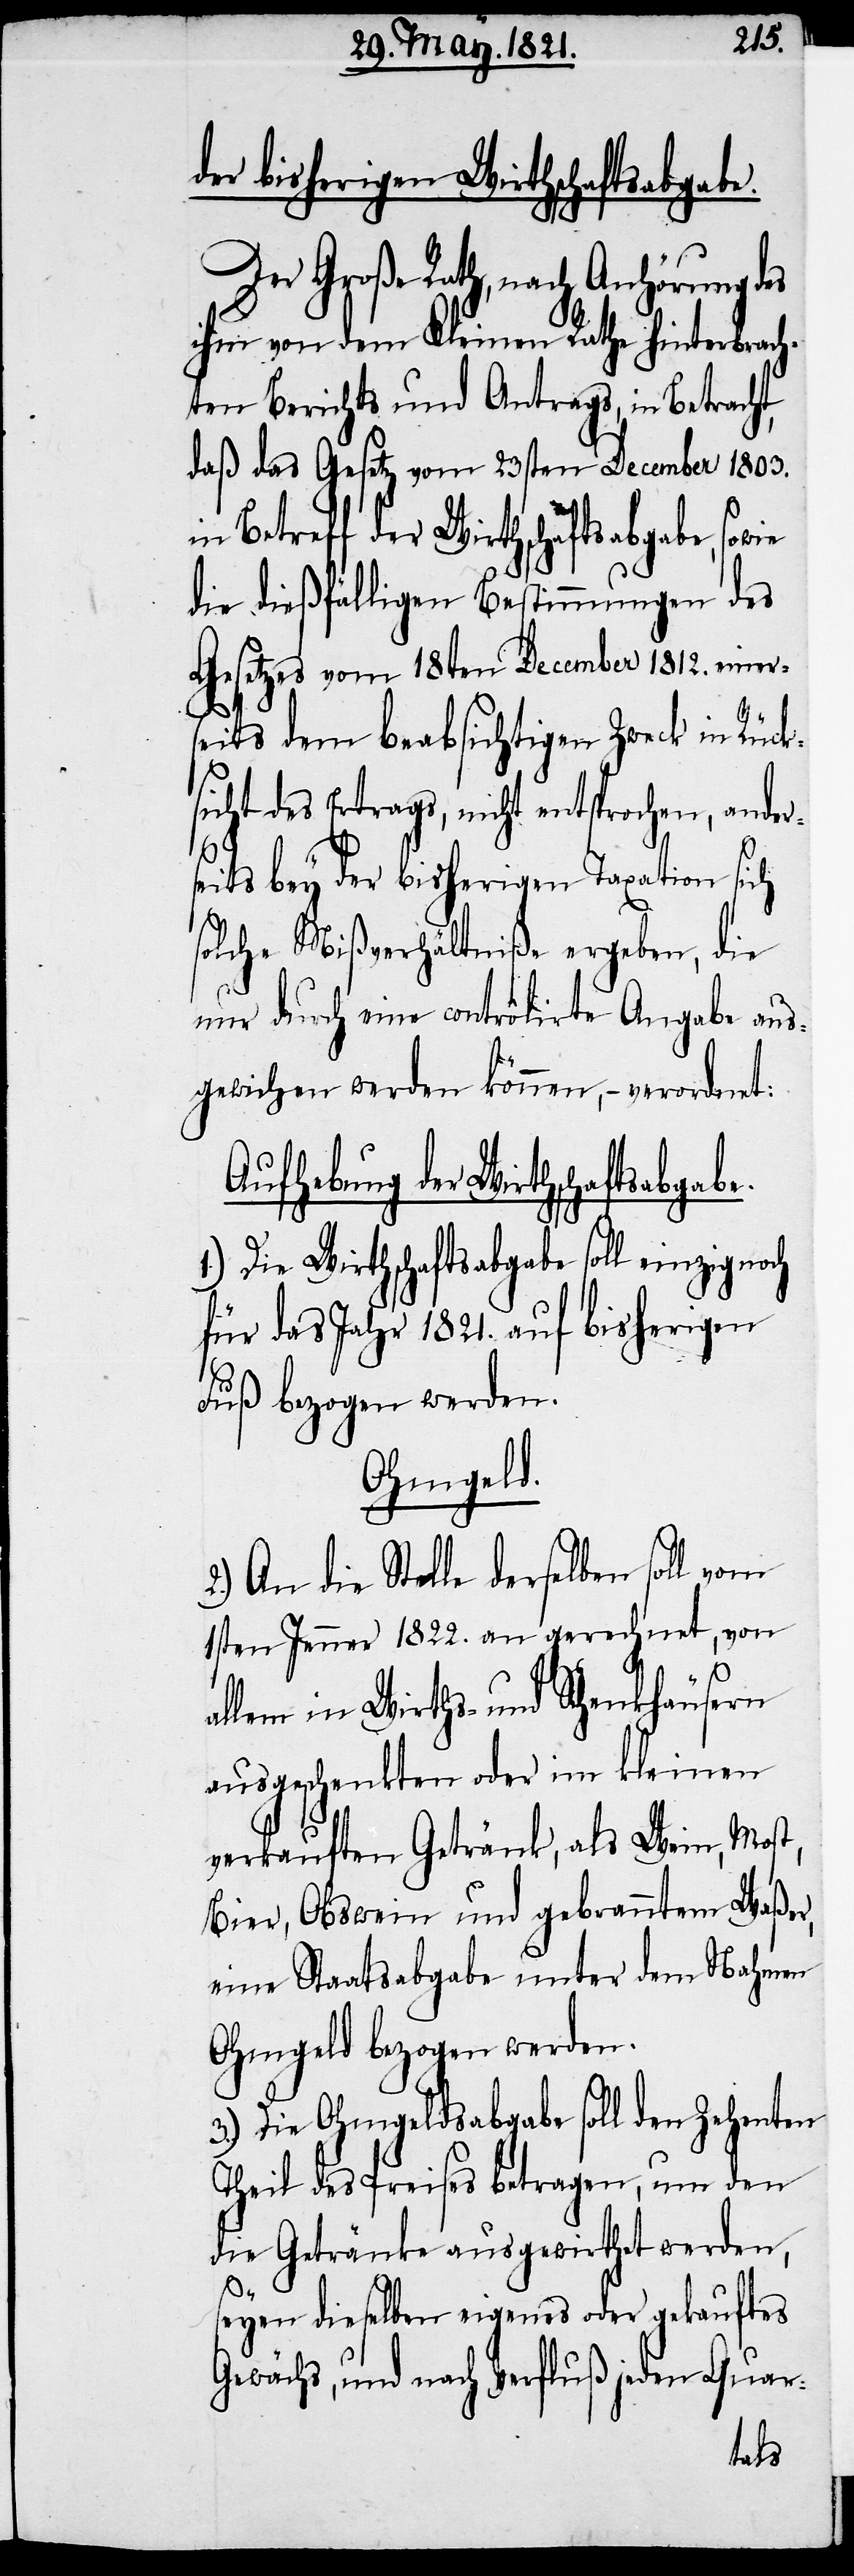
der bisherigen Wirthschaftsabgabe.
Der Große Rath, nach Anhörung des
ihm von dem Kleinen Rathe hinterbrac¬
hten Berichts und Antrags, in Betracht,
daß das Gesetz vom 23sten December 1803.
in Betreff der Wirthschaftsabgabe, sowie
die dießfälligen Bestimmungen des
Gesetzes vom18ten December 1812. einers¬
eits dem beabsichtigten Zweck in Rück¬
sicht des Ertrags, nicht entsprochen, ander¬
seits bey der bisherigen Taxation sich
solche Mißverhältniße ergeben, die
nur durch eine contrôlirte Angabe aus¬
gewichen werden können, – verordnet:
Aufhebung der Wirthschaftsabgabe.
1.) Die Wirthschaftsabgabe soll einzig
für das Jahr 1821. auf bisherigen
Fuß bezogen werden.
Ohmgeld.
2.) An die Stelle derselben soll vom
1sten Jenner 1822. an gerechnet, von
allem in Wirths- und Schenkhäusern
ausgeschenkten oder im kleinen
verkauften Getränk, als Wein, Most,
Bier, Obswein und gebranntem Waßer,
eine Staatsabgabe unter dem Nahmen
Ohmgeld bezogen werden.
3.) Die Ohmgeldsabgabe soll den zehenten
Theil des Preises betragen, um den
die Getränke ausgewirthet werden,
seyen dieselben eigenes oder gekauftes
Gewächs, und nach Verfluß jeden Quar-